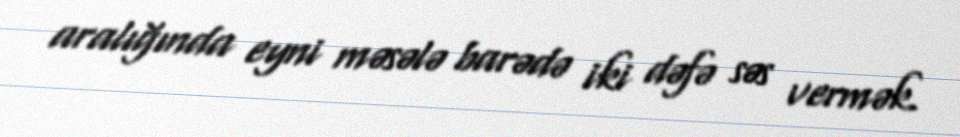
aralığında eyni məsələ barədə iki dəfə səs vermək.